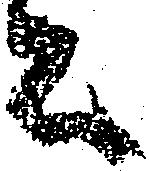
者